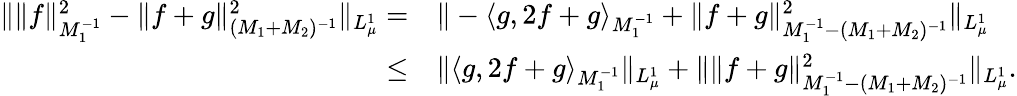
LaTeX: \begin{array}{rl}{\Vert\Vert f\Vert_{M_{1}^{-1}}^{2}-\Vert f+g\Vert_{(M_{1}+M_{2})^{-1}}^{2}\Vert_{L_{\mu}^{1}}=}&{\Vert-\langle g,2f+g\rangle_{M_{1}^{-1}}+\Vert f+g\Vert_{M_{1}^{-1}-(M_{1}+M_{2})^{-1}}^{2}\Vert_{L_{\mu}^{1}}}\\ {\leq}&{\Vert\langle g,2f+g\rangle_{M_{1}^{-1}}\Vert_{L_{\mu}^{1}}+\Vert\Vert f+g\Vert_{M_{1}^{-1}-(M_{1}+M_{2})^{-1}}^{2}\Vert_{L_{\mu}^{1}}.}\end{array}